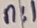
Text: n:1